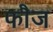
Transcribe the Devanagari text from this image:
फाैज